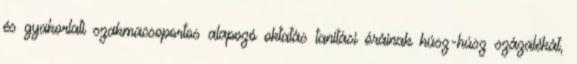
és gyakorlati szakmacsoportos alapozó oktatás tanítási óráinak húsz-húsz százalékát,